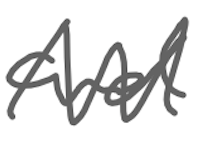
Text: and
Cross-out: zig-zag
Writing tool: digital_gray